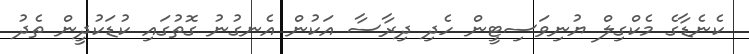
ކެނެޑާގެ މެކްގިލް ޔުނިވަސިޓީން ހެދި ދިރާސާ އަކުން އެނގުނު ގޮތުގައި ކުޑަކުދީން ތެދު